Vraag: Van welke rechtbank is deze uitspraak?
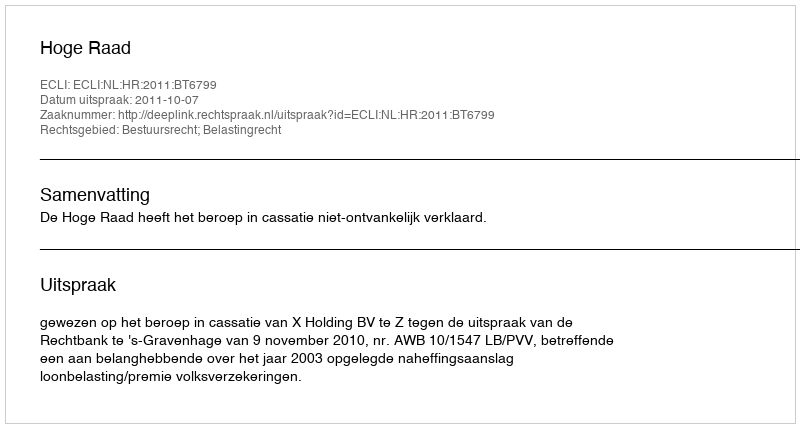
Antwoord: Hoge Raad